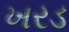
ખરડ